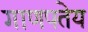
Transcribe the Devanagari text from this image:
गाणपतेय